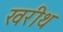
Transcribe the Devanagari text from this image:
खरीथ